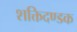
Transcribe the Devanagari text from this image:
शक्तिदण्डक